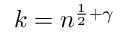
k = n ^ { { \frac { 1 } { 2 } } + \gamma }